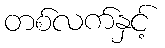
တစ်လက်နှင့်